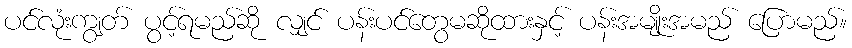
ပင်လုံးကျွတ် ပွင့်ရမည်ဆို လျှင် ပန်းပင်တွေမဆိုထားနှင့် ပန်းအမျိုးအမည် ပြောမည်။